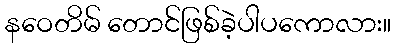
နဝေတိမ် တောင်ဖြစ်ခဲ့ပါပကောလား။